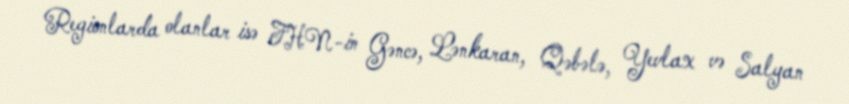
Regionlarda olanlar isə FHN-in Gəncə, Lənkaran, Qəbələ, Yevlax və Salyan